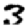
Digit: 3